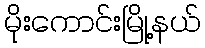
မိုးကောင်းမြို့နယ်